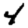
Digit: 4